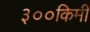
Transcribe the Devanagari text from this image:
३००किमी